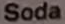
Soda